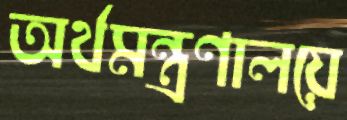
অর্থমন্ত্রণালয়ে